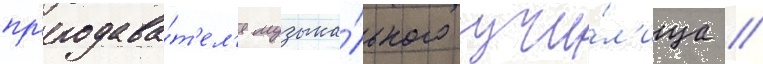
пр'еподава́т'ел'я музыка́льного учи́л'ища //